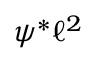
\psi ^ { * } \ell ^ { 2 }